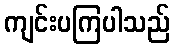
ကျင်းပကြပါသည်